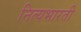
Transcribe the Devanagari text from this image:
नित्यभारती